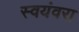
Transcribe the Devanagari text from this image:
स्वयंवरा